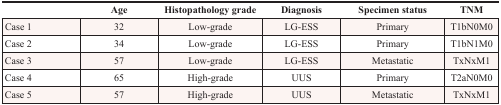
<table><thead><tr><td></td><td><b>Age</b></td><td><b>Histopathology grade</b></td><td><b>Diagnosis</b></td><td><b>Specimen status</b></td><td><b>TNM</b></td></tr></thead><tbody><tr><td>Case 1</td><td>32</td><td>Low-grade</td><td>LG-ESS</td><td>Primary</td><td>T1bN0M0</td></tr><tr><td>Case 2</td><td>34</td><td>Low-grade</td><td>LG-ESS</td><td>Primary</td><td>T1bN1M0</td></tr><tr><td>Case 3</td><td>57</td><td>Low-grade</td><td>LG-ESS</td><td>Metastatic</td><td>TxNxM1</td></tr><tr><td>Case 4</td><td>65</td><td>High-grade</td><td>UUS</td><td>Primary</td><td>T2aN0M0</td></tr><tr><td>Case 5</td><td>57</td><td>High-grade</td><td>UUS</td><td>Metastatic</td><td>TxNxM1</td></tr></tbody></table>